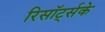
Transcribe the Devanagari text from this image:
रिसॉर्ट्सके